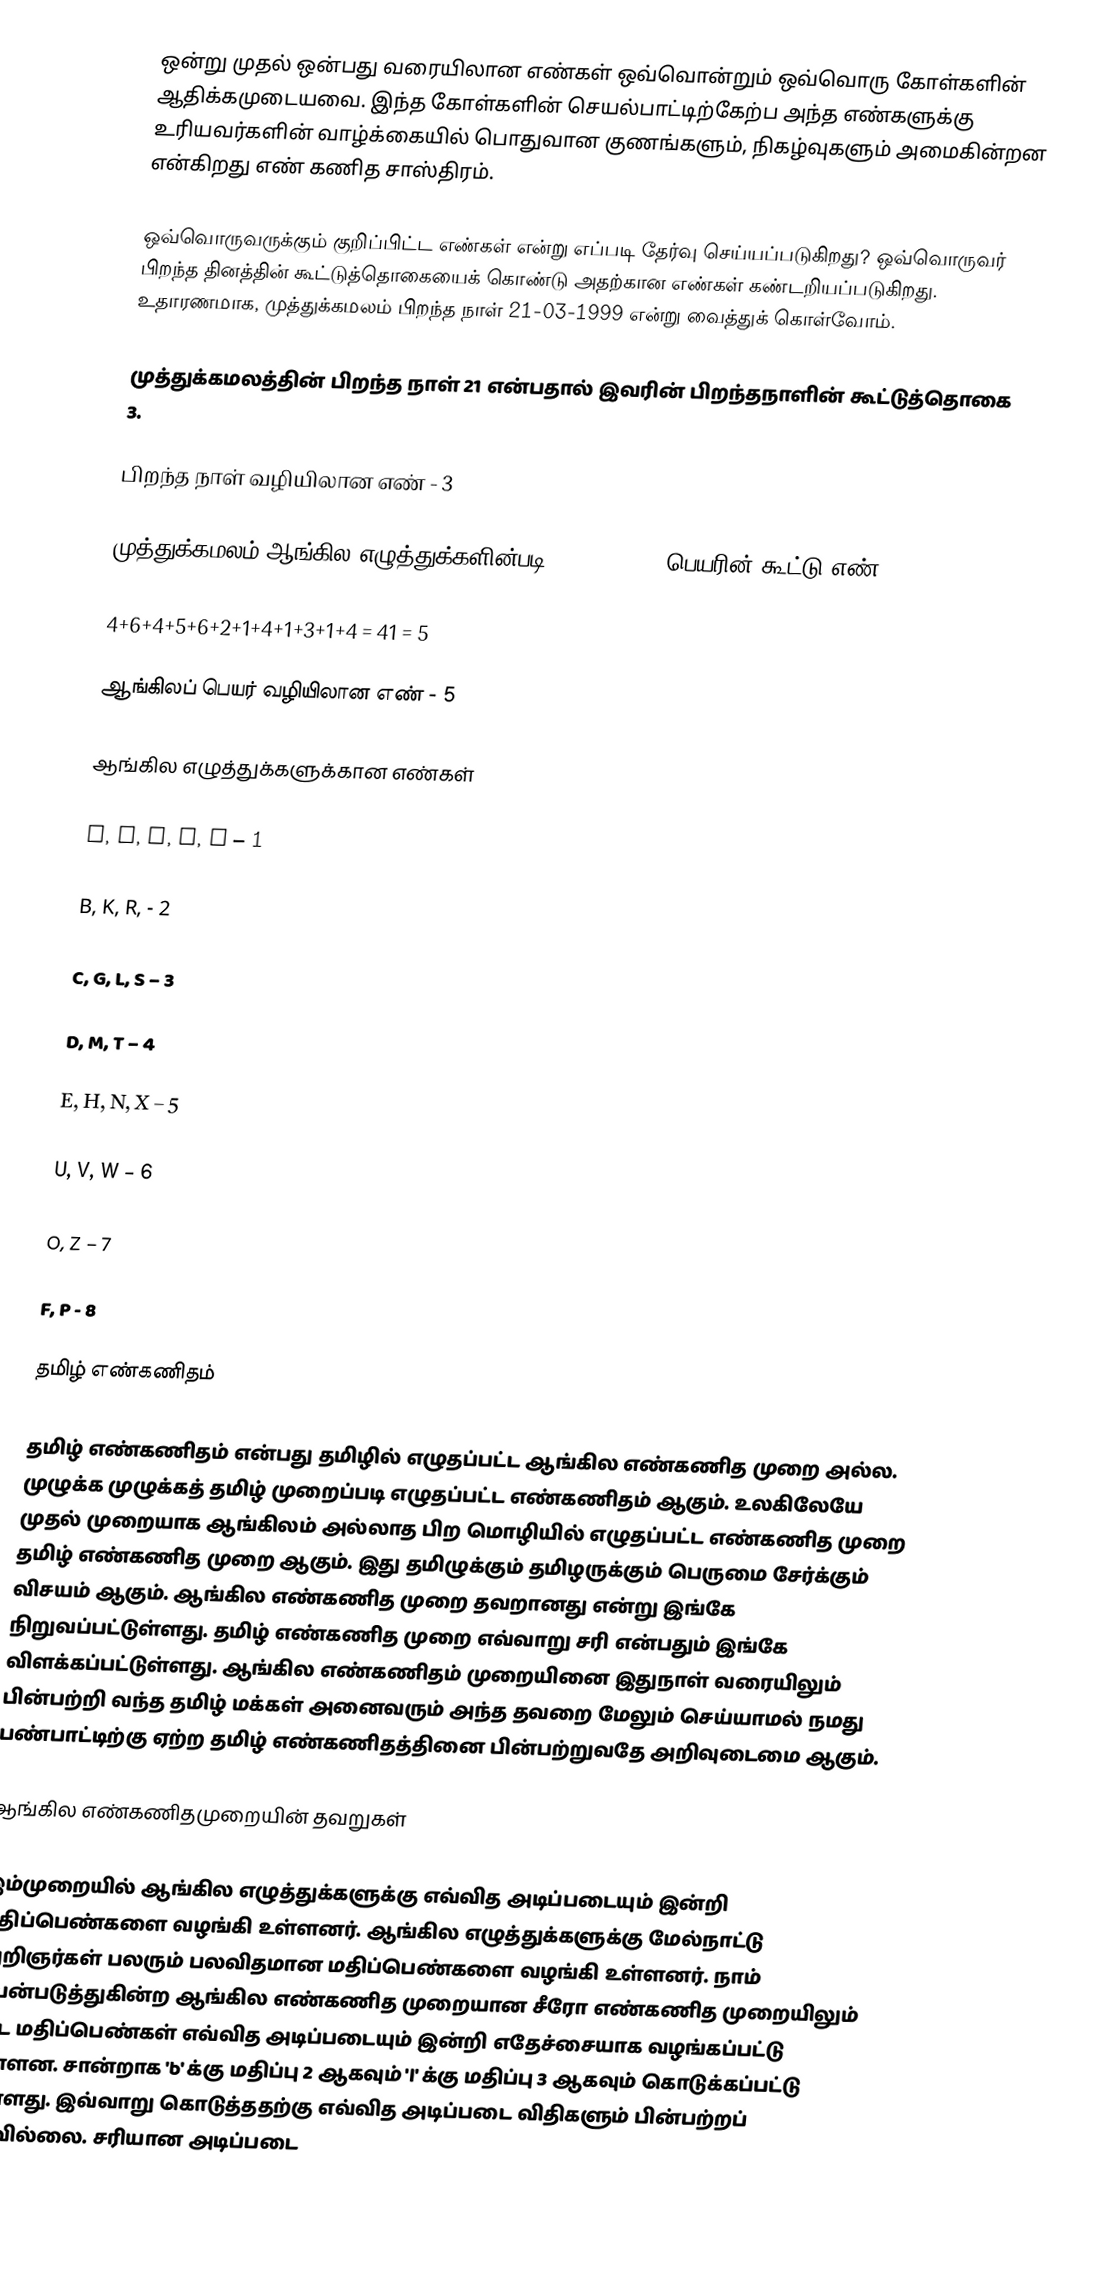
ஒன்று முதல் ஒன்பது வரையிலான எண்கள் ஒவ்வொன்றும் ஒவ்வொரு கோள்களின் ஆதிக்கமுடையவை. இந்த கோள்களின் செயல்பாட்டிற்கேற்ப அந்த எண்களுக்கு உரியவர்களின் வாழ்க்கையில் பொதுவான குணங்களும், நிகழ்வுகளும் அமைகின்றன என்கிறது எண் கணித சாஸ்திரம்.

ஒவ்வொருவருக்கும் குறிப்பிட்ட எண்கள் என்று எப்படி தேர்வு செய்யப்படுகிறது? ஒவ்வொருவர் பிறந்த தினத்தின் கூட்டுத்தொகையைக் கொண்டு அதற்கான எண்கள் கண்டறியப்படுகிறது. உதாரணமாக, முத்துக்கமலம் பிறந்த நாள் 21-03-1999 என்று வைத்துக் கொள்வோம்.

முத்துக்கமலத்தின் பிறந்த நாள் 21 என்பதால் இவரின் பிறந்தநாளின் கூட்டுத்தொகை 3.

பிறந்த நாள் வழியிலான எண் - 3

முத்துக்கமலம் ஆங்கில எழுத்துக்களின்படி MUTHUKAMALAM பெயரின் கூட்டு எண் - 5

4+6+4+5+6+2+1+4+1+3+1+4 = 41 = 5

ஆங்கிலப் பெயர் வழியிலான எண் - 5

ஆங்கில எழுத்துக்களுக்கான எண்கள்

A, I, J, Q, Y – 1

B, K, R, - 2

C, G, L, S – 3

D, M, T – 4

E, H, N, X – 5

U, V, W – 6

O, Z – 7

F, P - 8

தமிழ் எண்கணிதம்

தமிழ் எண்கணிதம் என்பது தமிழில் எழுதப்பட்ட ஆங்கில எண்கணித முறை அல்ல. முழுக்க முழுக்கத் தமிழ் முறைப்படி எழுதப்பட்ட எண்கணிதம் ஆகும். உலகிலேயே முதல் முறையாக ஆங்கிலம் அல்லாத பிற மொழியில் எழுதப்பட்ட எண்கணித முறை தமிழ் எண்கணித முறை ஆகும். இது தமிழுக்கும் தமிழருக்கும் பெருமை சேர்க்கும் விசயம் ஆகும். ஆங்கில எண்கணித முறை தவறானது என்று இங்கே நிறுவப்பட்டுள்ளது. தமிழ் எண்கணித முறை எவ்வாறு சரி என்பதும் இங்கே விளக்கப்பட்டுள்ளது. ஆங்கில எண்கணிதம் முறையினை இதுநாள் வரையிலும் பின்பற்றி வந்த தமிழ் மக்கள் அனைவரும் அந்த தவறை மேலும் செய்யாமல் நமது பண்பாட்டிற்கு ஏற்ற தமிழ் எண்கணிதத்தினை பின்பற்றுவதே அறிவுடைமை ஆகும்.

ஆங்கில எண்கணிதமுறையின் தவறுகள்

இம்முறையில் ஆங்கில எழுத்துக்களுக்கு எவ்வித அடிப்படையும் இன்றி மதிப்பெண்களை வழங்கி உள்ளனர். ஆங்கில எழுத்துக்களுக்கு மேல்நாட்டு அறிஞர்கள் பலரும் பலவிதமான மதிப்பெண்களை வழங்கி உள்ளனர். நாம் பயன்படுத்துகின்ற ஆங்கில எண்கணித முறையான சீரோ எண்கணித முறையிலும் கூட மதிப்பெண்கள் எவ்வித அடிப்படையும் இன்றி எதேச்சையாக வழங்கப்பட்டு உள்ளன. சான்றாக 'b' க்கு மதிப்பு 2 ஆகவும் 'l' க்கு மதிப்பு 3 ஆகவும் கொடுக்கப்பட்டு உள்ளது. இவ்வாறு கொடுத்ததற்கு எவ்வித அடிப்படை விதிகளும் பின்பற்றப் படவில்லை. சரியான அடிப்படை